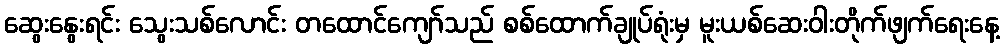
ဆွေးနွေးရင်း သွေးသစ်လောင်း တထောင်ကျော်သည် စစ်ထောက်ချုပ်ရုံးမှ မူးယစ်ဆေးဝါးတိုက်ဖျက်ရေးနေ့